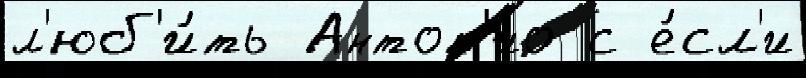
л'юб'и́ть Антон'ио с е́сл'и